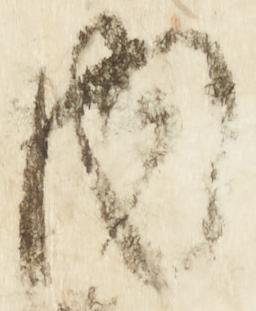
内